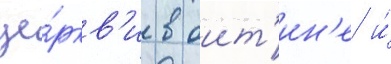
це́ркв'и в оит'ин'е и́